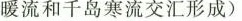
暖流和千岛寒流交汇形成）